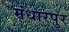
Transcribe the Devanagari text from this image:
मंधारपुर